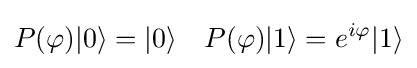
P(\varphi )|0\rangle =|0\rangle \quad P(\varphi )|1\rangle =e^{i\varphi }|1\rangle